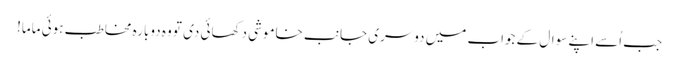
جب اُسے اپنے سوال کے جواب میں دوسری جانب خاموشی دکھائی دی تو وہ دوبارہ مخاطب ہوئی ماما!